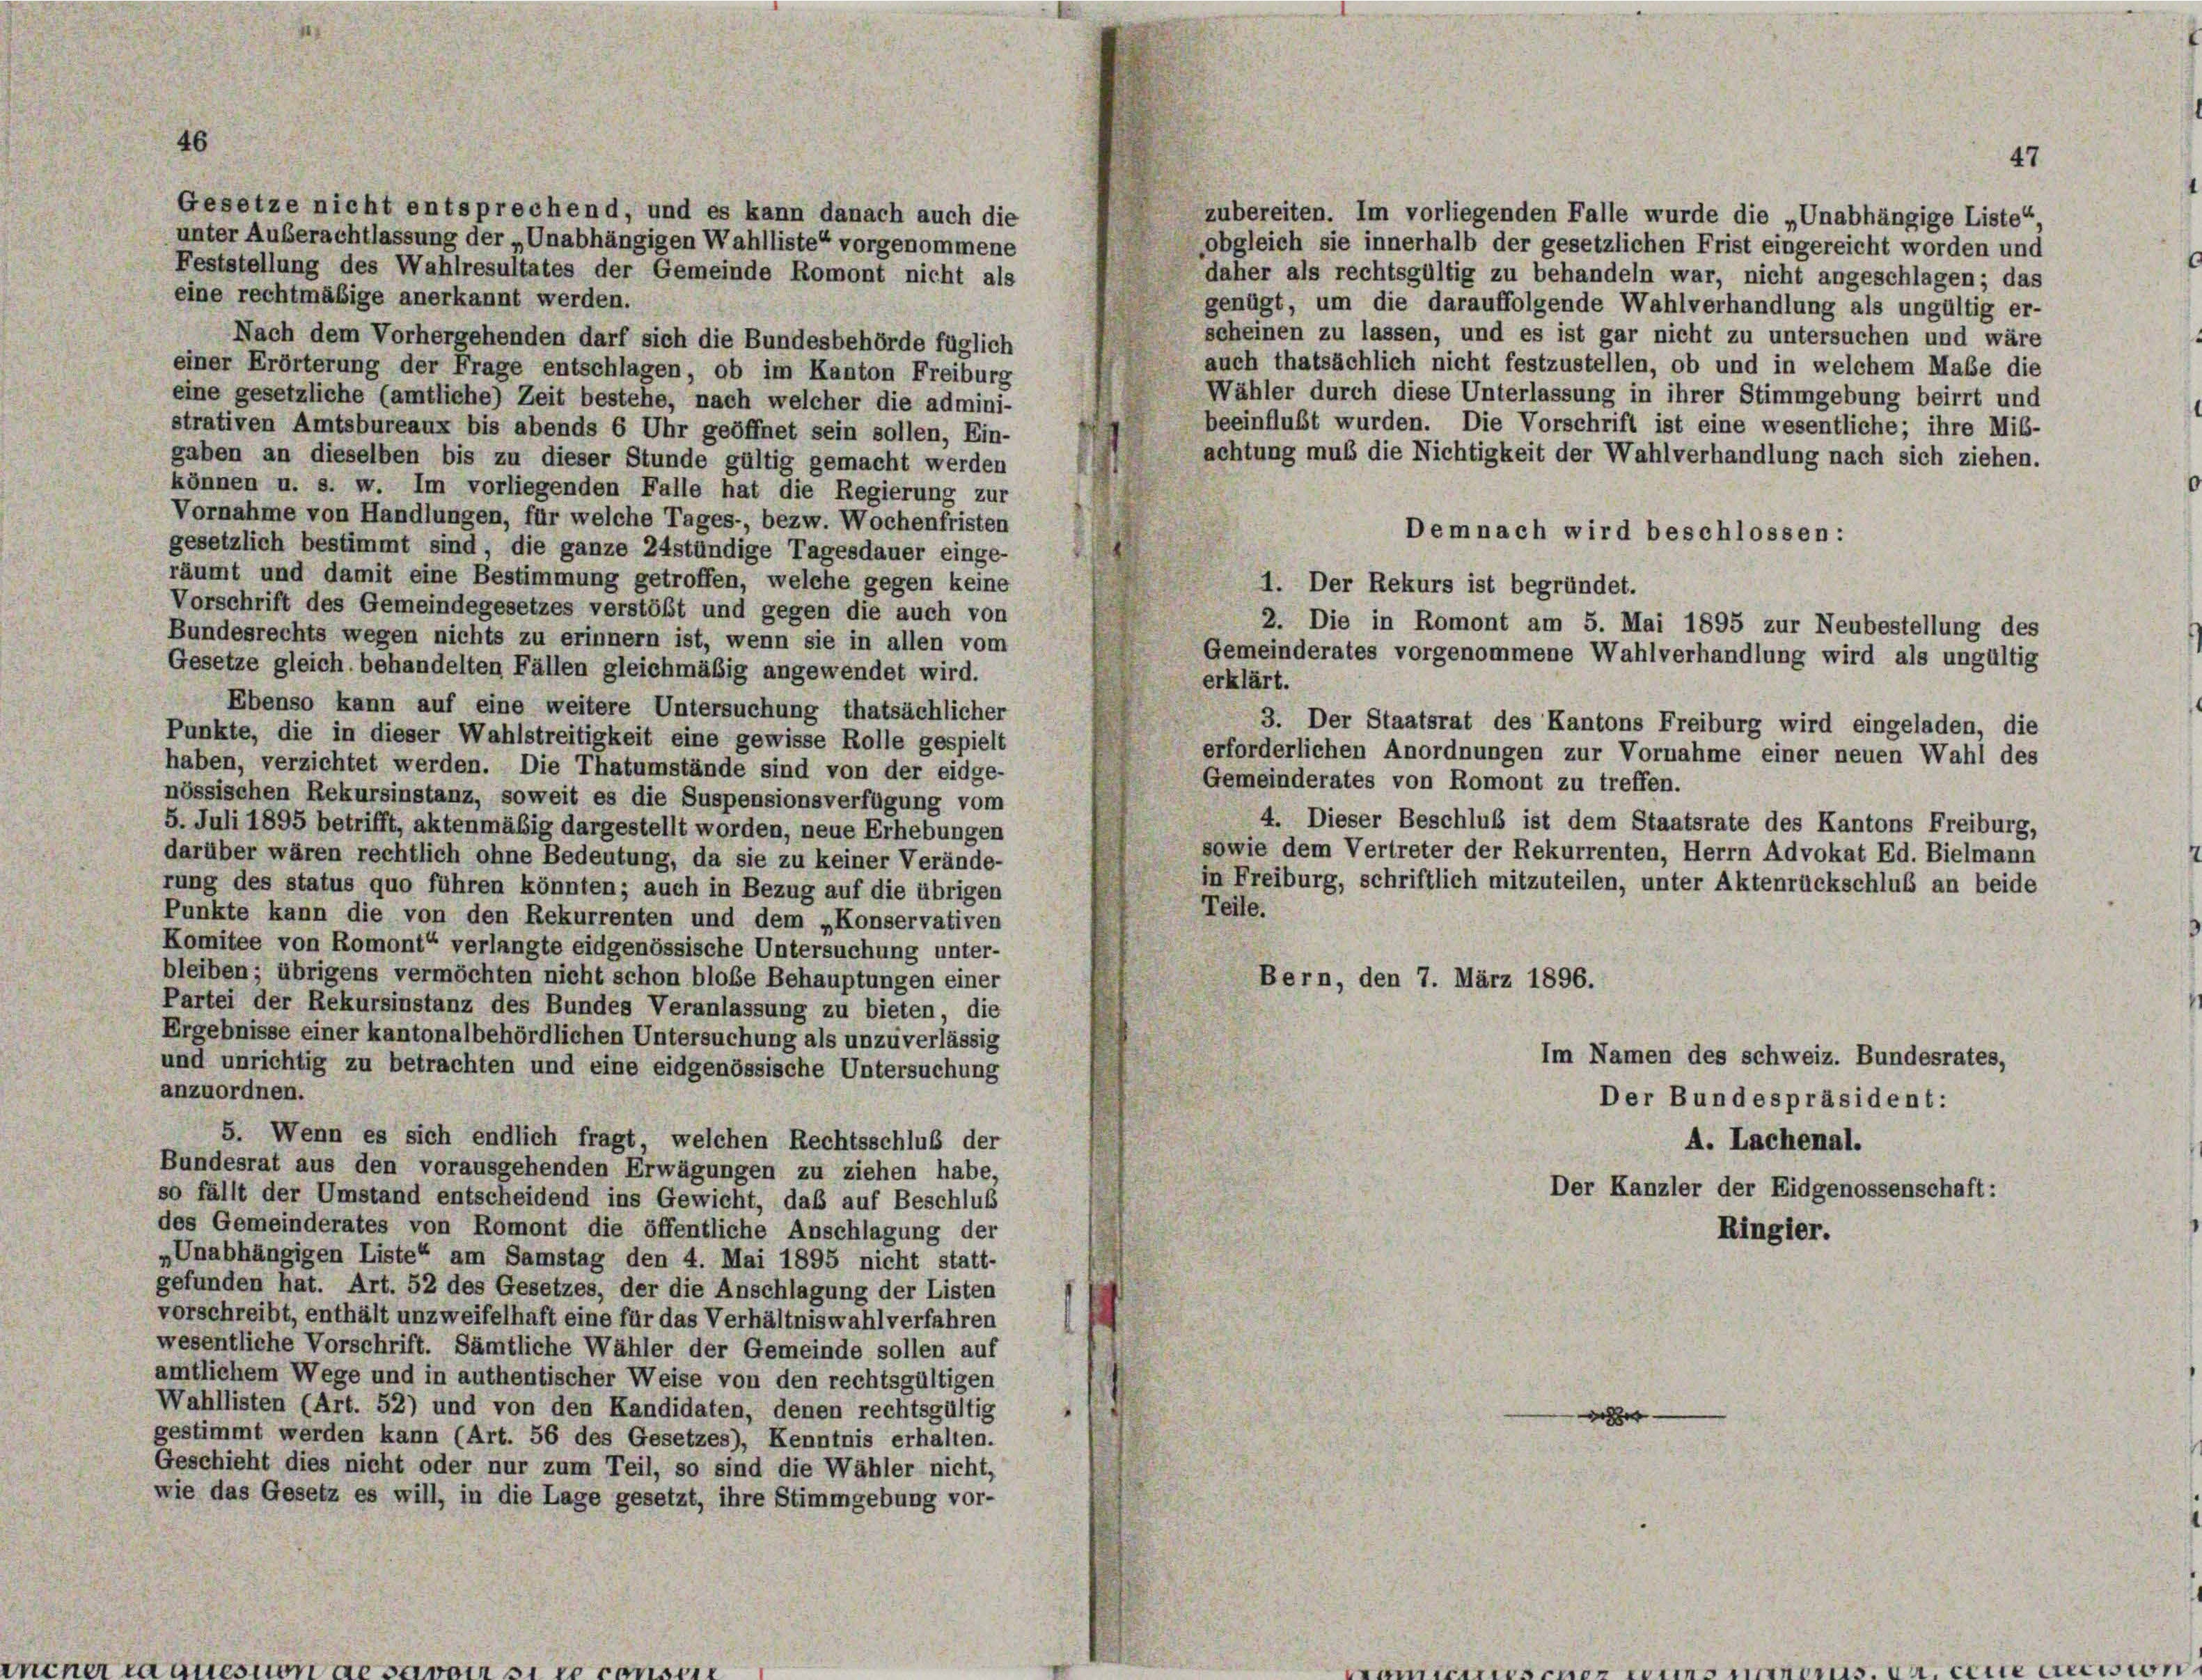
Gesetze nicht entsprechend, und es kann danach auch die
unter Außerachtlassung der „Unabhängigen Wahlliste“ vorgenommene
Feststellung des Wahlresultates der Gemeinde Romont nicht als
eine rechtmäßige anerkannt werden.
Nach dem Vorhergehenden darf sich die Bundesbehörde füglich
einer Erörterung der Frage entschlagen, ob im Kanton Freiburg
Wähler durch diese Unterlassung in ihrer Stimmgebung beirrt und
eine gesetzliche (amtliche) Zeit bestehe, nach welcher die admini-
beeinflußt wurden. Die Vorschrift ist eine wesentliche; ihre Mib-
strativen Amtsbureaux bis abends 6 Uhr geöffnet sein sollen, Ein-
achtung muß die Nichtigkeit der Wahlverhandlung nach sich ziehen.
gaben an dieselben bis zu dieser Stunde gültig gemacht werden
können u. s. w. Im vorliegenden Falle hat die Regierung zur
Vornahme von Handlungen, für welche Tages-, bezw. Wochenfristen
Demnach wird beschlossen:
gesetzlich bestimmt sind, die ganze 24stündige Tagesdauer einge-
räumt und damit eine Bestimmung getroffen, welche gegen keine
1. Der Rekurs ist begründet.
Vorschrift des Gemeindegesetzes verstößt und gegen die auch von
2. Die in Romont am 5. Mai 1895 zur Neubestellung des
Bundesrechts wegen nichts zu erinnern ist, wenn sie in allen vom
Gemeinderates vorgenommene Wahlverhandlung wird als ungültig
Gesetze gleich behandelten Fällen gleichmäßig angewendet wird.
erklärt.
Ebenso kann auf eine weitere Untersuchung thatsächlicher
3. Der Staatsrat des Kantons Freiburg wird eingeladen, die
Punkte, die in dieser Wahlstreitigkeit eine gewisse Rolle gespielt
erforderlichen Anordnungen zur Vornahme einer neuen Wahl des
haben, verzichtet werden. Die Thatumstände sind von der eidge-
Gemeinderates von Romont zu treffen.
nössischen Rekursinstanz, soweit es die Suspensionsverfügung vom
4. Dieser Beschluß ist dem Staatsrate des Kantons Freiburg,
5. Juli 1895 betrifft, aktenmäßig dargestellt worden, neue Erhebungen
sowie dem Vertreter der Rekurrenten, Herrn Advokat Ed. Bielmann
darüber wären rechtlich ohne Bedeutung, da sie zu keiner Verände-
in Freiburg, schriftlich mitzuteilen, unter Aktenrückschluß an beide
rung des status quo führen könnten; auch in Bezug auf die übrigen
Teile.
Punkte kann die von den Rekurrenten und dem „Konservativen
Komitee von Romont“ verlangte eidgenössische Untersuchung unter-
bleiben; übrigens vermöchten nicht schon bloße Behauptungen einer
Bern, den 7. März 1896.
Partei der Rekursinstanz des Bundes Veranlassung zu bieten, die
Ergebnisse einer kantonalbehördlichen Untersuchung als unzuverlässig
Im Namen des schweiz. Bundesrates,
und unrichtig zu betrachten und eine eidgenössische Untersuchung
anzuordnen.
Der Bundespräsident:
5. Wenn es sich endlich fragt, welchen Rechtsschluß der
A. Lachenal.
Bundesrat aus den vorausgehenden Erwägungen zu ziehen habe,
Der Kanzler der Eidgenossenschaft:
so fällt der Umstand entscheidend ins Gewicht, daß auf Beschlus
des Gemeinderates von Romont die öffentliche Anschlagung der
Ringler.
„Unabhängigen Liste“ am Samstag den 4. Mai 1895 nicht statt-
gefunden hat. Art. 52 des Gesetzes, der die Anschlagung der Listen
vorschreibt, enthält unzweifelhaft eine für das Verhältniswahlverfahren
wesentliche Vorschrift. Sämtliche Wähler der Gemeinde sollen auf
amtlichem Wege und in authentischer Weise von den rechtsgültigen
Wahllisten (Art. 52) und von den Kandidaten, denen rechtsgültig
e
gestimmt werden kann (Art. 56 des Gesetzes), Kenntnis erhalten.
Geschieht dies nicht oder nur zum Teil, so sind die Wähler nicht,
wie das Gesetz es will, in die Lage gesetzt, ihre Stimmgebung vor-

46

47
zubereiten. Im vorliegenden Falle wurde die „Unabhängige Liste“,
obgleich sie innerhalb der gesetzlichen Frist eingereicht worden und
daher als rechtsgültig zu behandeln war, nicht angeschlagen; das
genügt, um die darauffolgende Wahlverhandlung als ungültig er-
scheinen zu lassen, und es ist gar nicht zu untersuchen und wäre
auch thatsächlich nicht festzustellen, ob und in welchem Maße die